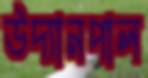
উদ্যানপাল